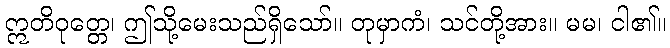
ဣတိဝုတ္တေ၊ ဤသို့မေးသည်ရှိသော်။ တုမှာကံ၊ သင်တို့အား။ မမ၊ ငါ၏။